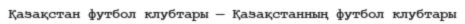
Қазақстан футбол клубтары — Қазақстанның футбол клубтары